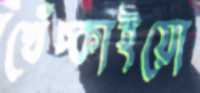
খেঁচ্‌কাইয়ো